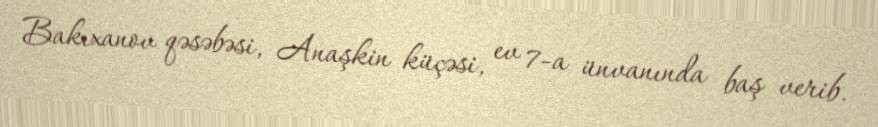
Bakıxanov qəsəbəsi, Anaşkin küçəsi, ev 7-a ünvanında baş verib.